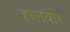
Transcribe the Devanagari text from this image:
होलवार